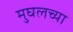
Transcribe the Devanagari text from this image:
मुघलच्या